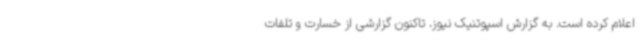
اعلام کرده است. به گزارش اسپوتنیک نیوز، تاکنون گزارشی از خسارت و تلفات